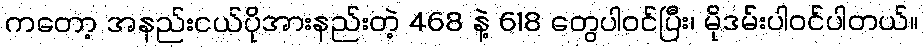
ကတော့ အနည်းငယ်ပိုအားနည်းတဲ့ 468 နဲ့ 618 တွေပါဝင်ပြီး၊ မိုဒမ်းပါဝင်ပါတယ်။